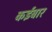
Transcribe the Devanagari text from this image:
कईबार